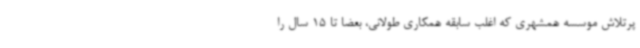
پرتلاش موسسه همشهری که اغلب سابقه همکاری طولانی، بعضا تا 15 سال را